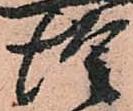
惶